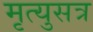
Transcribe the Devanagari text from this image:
मृत्युसत्र